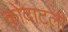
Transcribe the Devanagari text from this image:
कोंदाटली